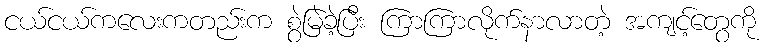
ငယ်ငယ်ကလေးကတည်းက စွဲမြဲခဲ့ပြီး ကြာကြာလိုက်နာလာတဲ့ အကျင့်တွေကို